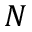
N